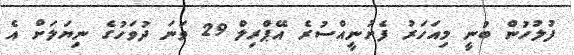
ފުލުހުން ބުނީ މިއަހަރު ފެށުނީއްސުރެ އޭޕްރިލް 29 ވަނަ ދުވަހުގެ ނިޔަލަށް އެ